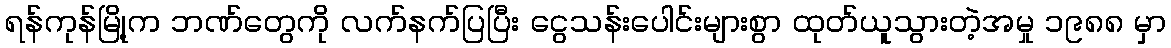
ရန်ကုန်မြို့က ဘဏ်တွေကို လက်နက်ပြပြီး ငွေသန်းပေါင်းများစွာ ထုတ်ယူသွားတဲ့အမှု ၁၉၈၈ မှာ